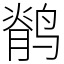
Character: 鹡